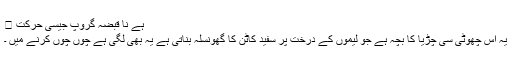
ہے نا قبضہ گروپ جیسی حرکت 🙂
یہ اس چھوٹی سی چڑیا کا بچّہ ہے جو لیموں کے درخت پر سفید کاٹن کا گھونسلہ بناتی ہے یہ بھی لگی ہے چوں چوں کرنے میں ۔